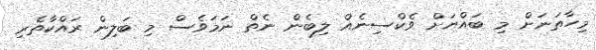
މިހާތަނަށް މި ބައްޔަށް ވެކްސިނެއް ލިބެން ނެތް ނަމަވެސް މި ބަލިން ރައްކާތެރި